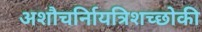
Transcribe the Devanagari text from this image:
अशौचर्निायत्रिशच्छोकी